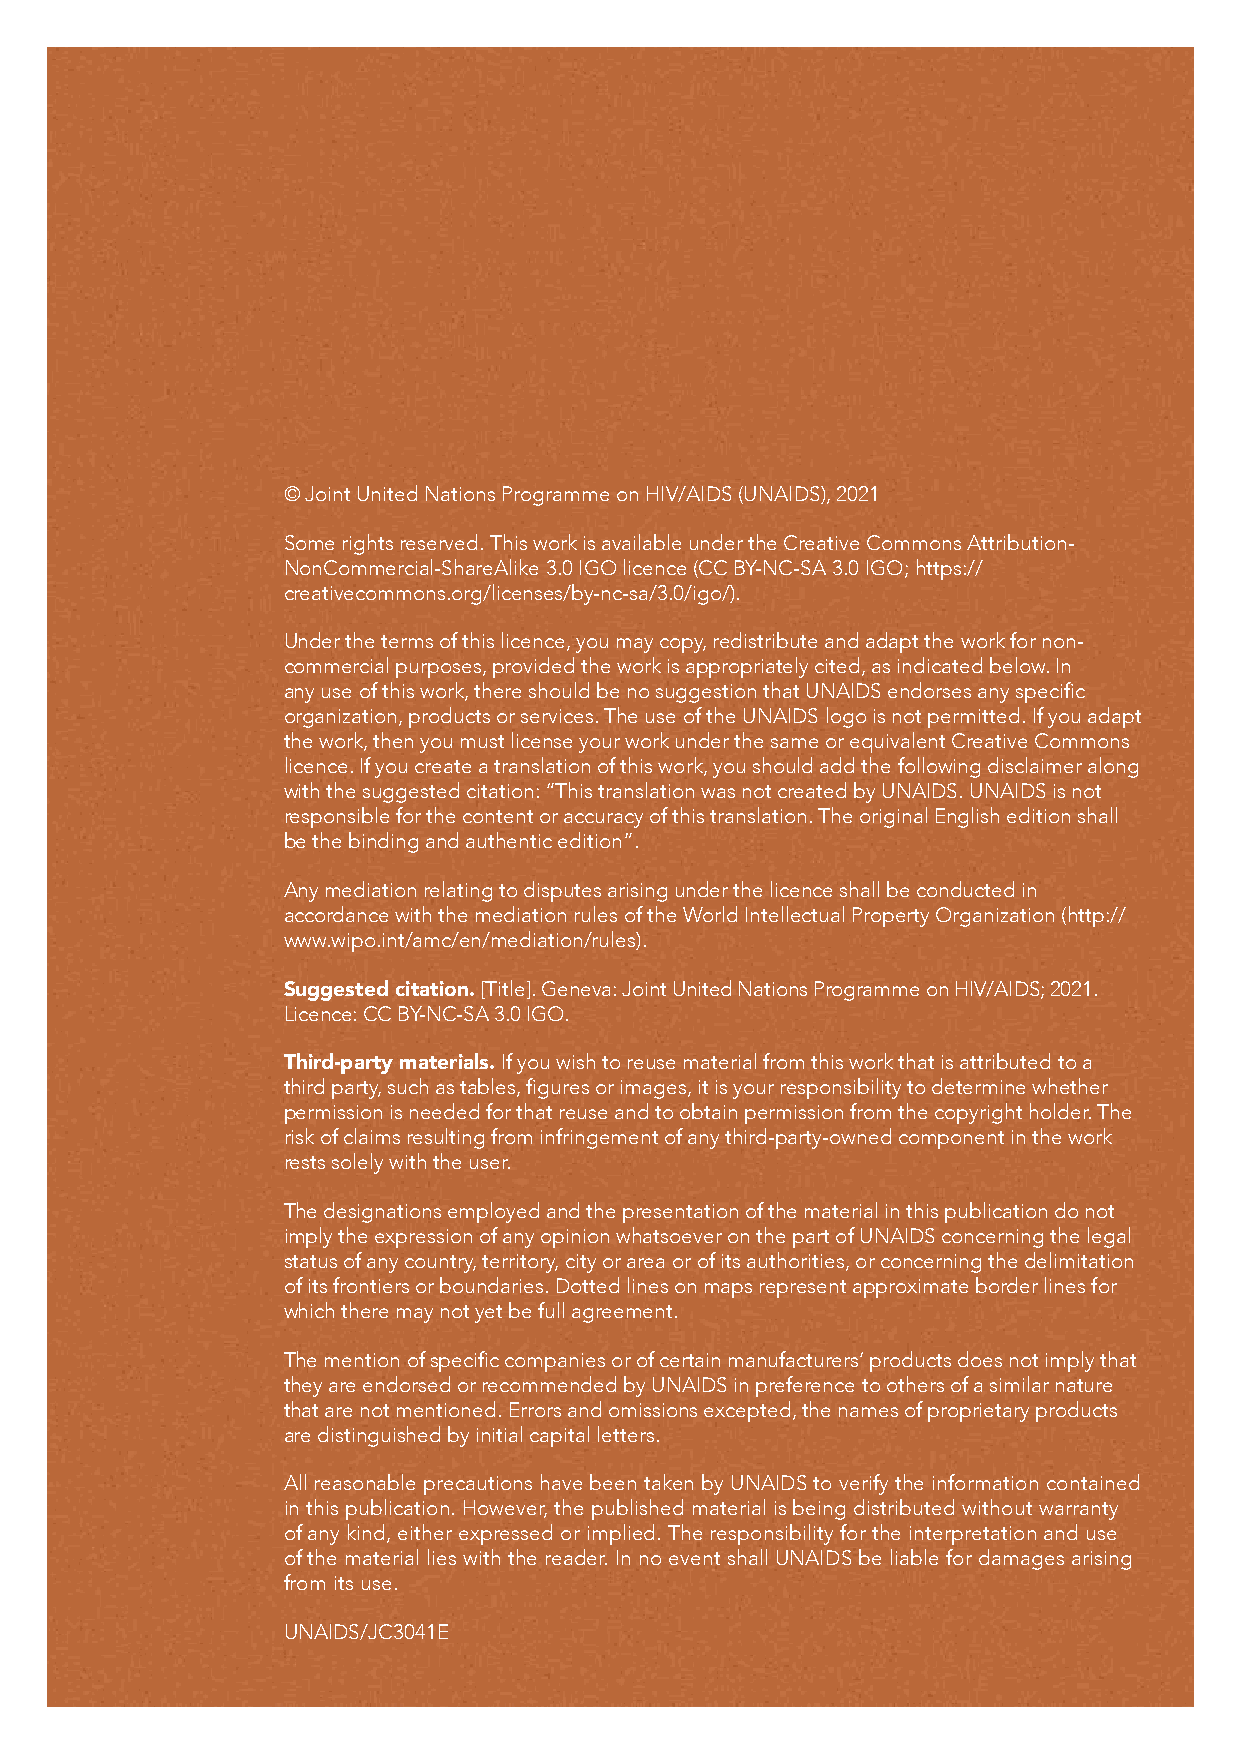
© Joint United Nations Programme on HIV/AIDS (UNAIDS), 2021
 Some rights reserved. This work is available under the Creative Commons Attribution-
 NonCommercial-ShareAlike 3.0 IGO licence (CC BY-NC-SA 3.0 IGO; https://
 creativecommons.org/licenses/by-nc-sa/3.0/igo/).
 Under the terms of this licence, you may copy, redistribute and adapt the work for non-
 commercial purposes, provided the work is appropriately cited, as indicated below. In
 any use of this work, there should be no suggestion that UNAIDS endorses any specific
 organization, products or services. The use of the UNAIDS logo is not permitted. If you adapt
 the work, then you must license your work under the same or equivalent Creative Commons
 licence. If you create a translation of this work, you should add the following disclaimer along
 with the suggested citation: “This translation was not created by UNAIDS. UNAIDS is not
 responsible for the content or accuracy of this translation. The original English edition shall
 be the binding and authentic edition”.
 Any mediation relating to disputes arising under the licence shall be conducted in
 accordance with the mediation rules of the World Intellectual Property Organization (http://
 www.wipo.int/amc/en/mediation/rules).
 Suggested citation. [Title]. Geneva: Joint United Nations Programme on HIV/AIDS; 2021.
 Licence: CC BY-NC-SA 3.0 IGO.
 Third-party materials. If you wish to reuse material from this work that is attributed to a
 third party, such as tables, figures or images, it is your responsibility to determine whether
 permission is needed for that reuse and to obtain permission from the copyright holder. The
 risk of claims resulting from infringement of any third-party-owned component in the work
 rests solely with the user.
 The designations employed and the presentation of the material in this publication do not
 imply the expression of any opinion whatsoever on the part of UNAIDS concerning the legal
 status of any country, territory, city or area or of its authorities, or concerning the delimitation
 of its frontiers or boundaries. Dotted lines on maps represent approximate border lines for
 which there may not yet be full agreement.
 The mention of specific companies or of certain manufacturers’ products does not imply that
 they are endorsed or recommended by UNAIDS in preference to others of a similar nature
 that are not mentioned. Errors and omissions excepted, the names of proprietary products
 are distinguished by initial capital letters.
 All reasonable precautions have been taken by UNAIDS to verify the information contained
 in this publication. However, the published material is being distributed without warranty
 of any kind, either expressed or implied. The responsibility for the interpretation and use
 of the material lies with the reader. In no event shall UNAIDS be liable for damages arising
 from its use.
 UNAIDS/JC3041E